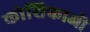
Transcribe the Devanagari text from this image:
कोशिकाऒ